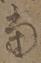
当